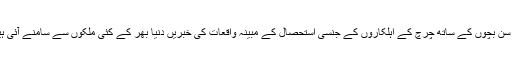
کم سن بچوں کے ساتھ چرچ کے اہلکاروں کے جنسی استحصال کے مبینہ واقعات کی خبریں دنیا بھر کے کئی ملکوں سے سامنے آئی ہیں۔